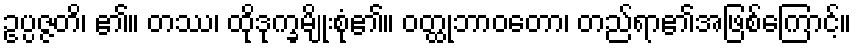
ဥပ္ပဇ္ဇတိ၊ ၏။ တဿ၊ ထိုဒုက္ခမျိုးစုံ၏။ ဝတ္ထုဘာဝတော၊ တည်ရာ၏အဖြစ်ကြောင့်။